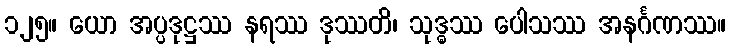
၁၂၅။ ယော အပ္ပဒုဋ္ဌဿ နရဿ ဒုဿတိ၊ သုဒ္ဓဿ ပေါသဿ အနင်္ဂဏဿ။